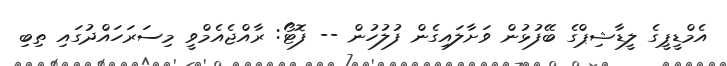
އެމްޑީޕީގެ ލީޑާޝިޕްގެ ބޭފުޅުން ވަށާލައިގެން ފުލުހުން -- ފޮޓޯ: ރާއްޖެއެމްވީ މިސަރަހައްދުގައި ތިބި